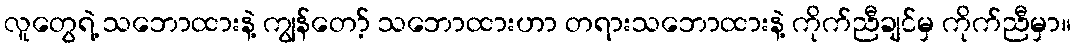
လူတွေရဲ့ သဘောထားနဲ့ ကျွန်တော့် သဘောထားဟာ တရားသဘောထားနဲ့ ကိုက်ညီချင်မှ ကိုက်ညီမှာ။